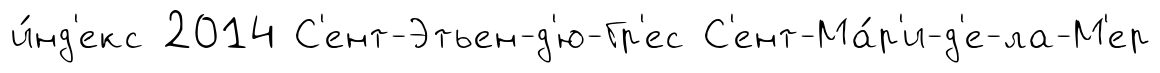
и́нд'екс 2014 С'ент-Этьен-д'ю-Гр'ес С'ент-Ма́р'и-д'е-ла-М'ер